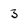
Character: 3